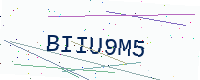
Text: BIIU9M5